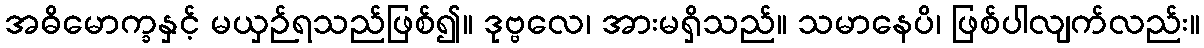
အဓိမောက္ခနှင့် မယှဉ်ရသည်ဖြစ်၍။ ဒုဗ္ဗလေ၊ အားမရှိသည်။ သမာနေပိ၊ ဖြစ်ပါလျက်လည်း။